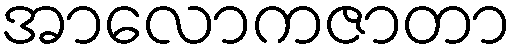
အာလောကဇာတာ